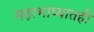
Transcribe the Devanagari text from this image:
महाभाष्यातही